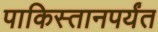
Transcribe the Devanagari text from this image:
पाकिस्तानपर्यंत